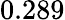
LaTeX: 0.289